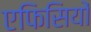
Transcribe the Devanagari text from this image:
एफिसियों